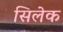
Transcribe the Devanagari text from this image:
सिलेक